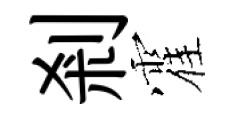
剎霍